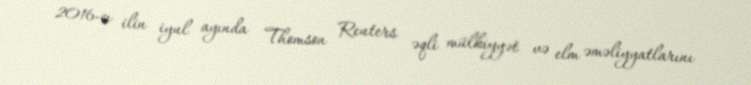
2016-cı ilin iyul ayında Thomson Reuters əqli mülkiyyət və elm əməliyyatlarını